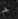
فحم